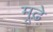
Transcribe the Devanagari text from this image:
मूढे़